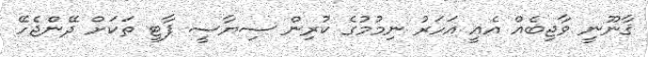
ޤާނޫނީ ވާޖިބެއް އެއީ އަހަރު ނިމުމުގެ ކުރިން ސިޔާސީ ޕާޓީ ތަކަށް ދޭންޖެހޭ